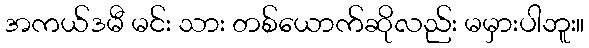
အကယ်ဒမီ မင်း သား တစ်ယောက်ဆိုလည်း မမှားပါဘူး။